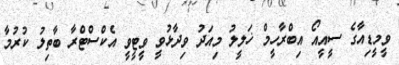
ވީމީޑިއާގެ ސީއީއޯ އިބްރާހީމް ޚަލީލު މިއަދު ވިދާޅުވީ ވީޓީވީ އެކްސްޓްރާ ބާތިލު ކުރުމާ